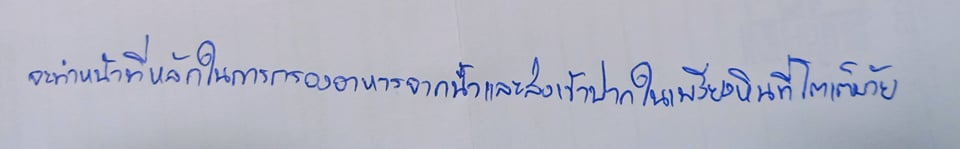
จะทำหน้าที่หลักในการกรองอาหารจากน้ำและส่งเข้าปากในเพรียงหินที่โตเต็มวัย